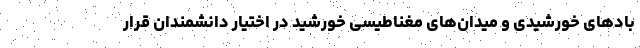
بادهای خورشیدی و میدان‌های مغناطیسی خورشید در اختیار دانشمندان قرار